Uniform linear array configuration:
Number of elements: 16
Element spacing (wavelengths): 0.75
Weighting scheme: uniform
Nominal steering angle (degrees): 30
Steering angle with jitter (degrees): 28.775
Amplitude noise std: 0.05
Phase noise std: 0.05

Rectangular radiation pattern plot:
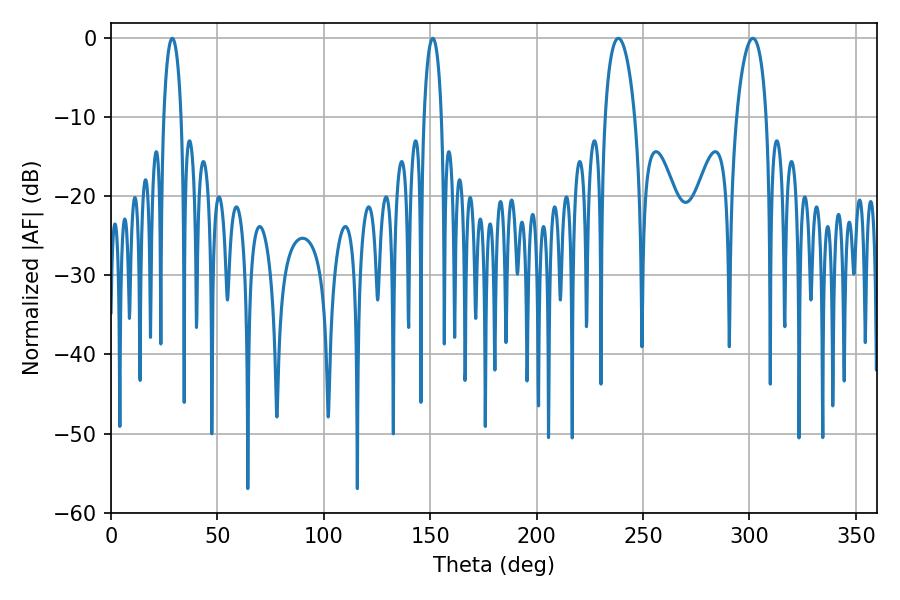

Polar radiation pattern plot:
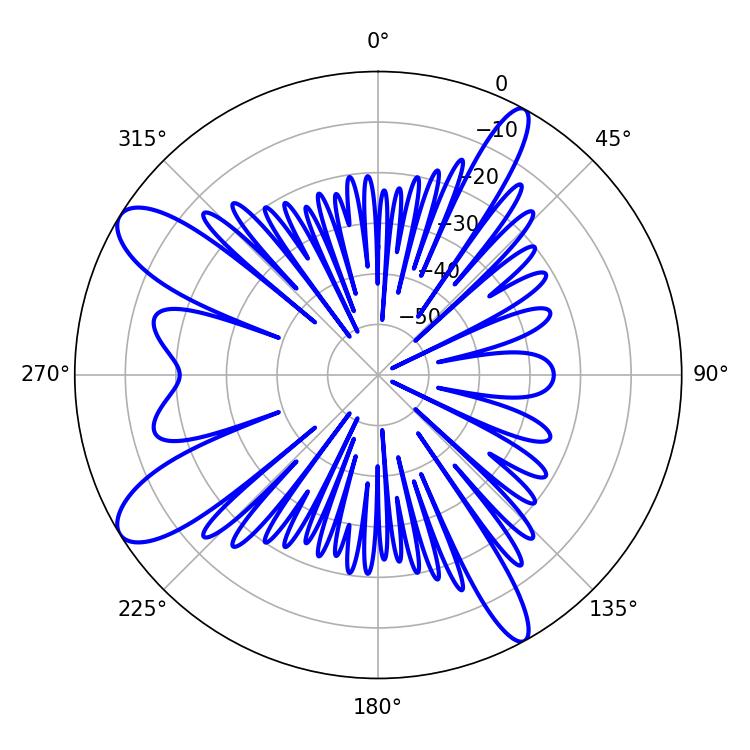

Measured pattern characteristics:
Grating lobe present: TRUE
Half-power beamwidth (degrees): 4.68
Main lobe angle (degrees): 28.8